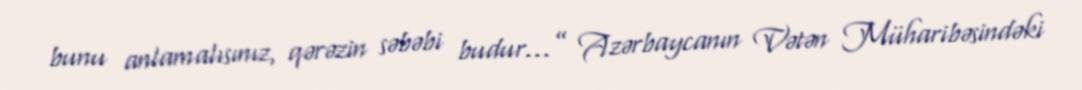
bunu anlamalısınız, qərəzin səbəbi budur...” Azərbaycanın Vətən Müharibəsindəki